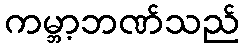
ကမ္ဘာ့ဘဏ်သည်